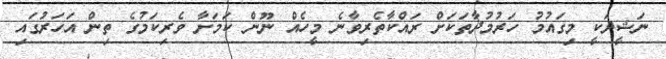
ނަޝީދަކީ މިގައުމު ހަރުމުދާތަކަށް ރައްކާތެރިވާނެ މީހެއް ނޫން ކަމަށާ ވެރިކަމުގެ ތިން އަހަރުގައި